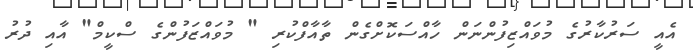
އެއީ ސަރުކާރުގެ މުވައްޒިފުންނަން ހާއްސަކޮށްގެން ތާއާފްކުރި " މުވައްޒަފުންގެ ސްކީމް" އާއި ދުރު